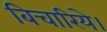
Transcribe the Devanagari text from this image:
बिचारिये।